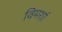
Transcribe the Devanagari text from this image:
विमर्शा